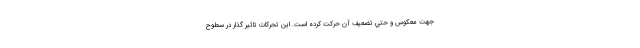
جهت معكوس و حتي تضعيف آن حركت كرده است. اين تحركات تاثير گذار در سطوح